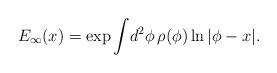
LaTeX: \begin{align*}E_{\infty}(x) = \exp\int\! d^{2}\phi\, \rho(\phi) \ln |\phi -x|.\end{align*}